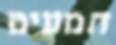
תמעיט